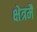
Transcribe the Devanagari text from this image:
क्षेत्रमै